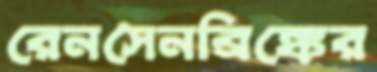
রেনসেনব্রিঙ্কের